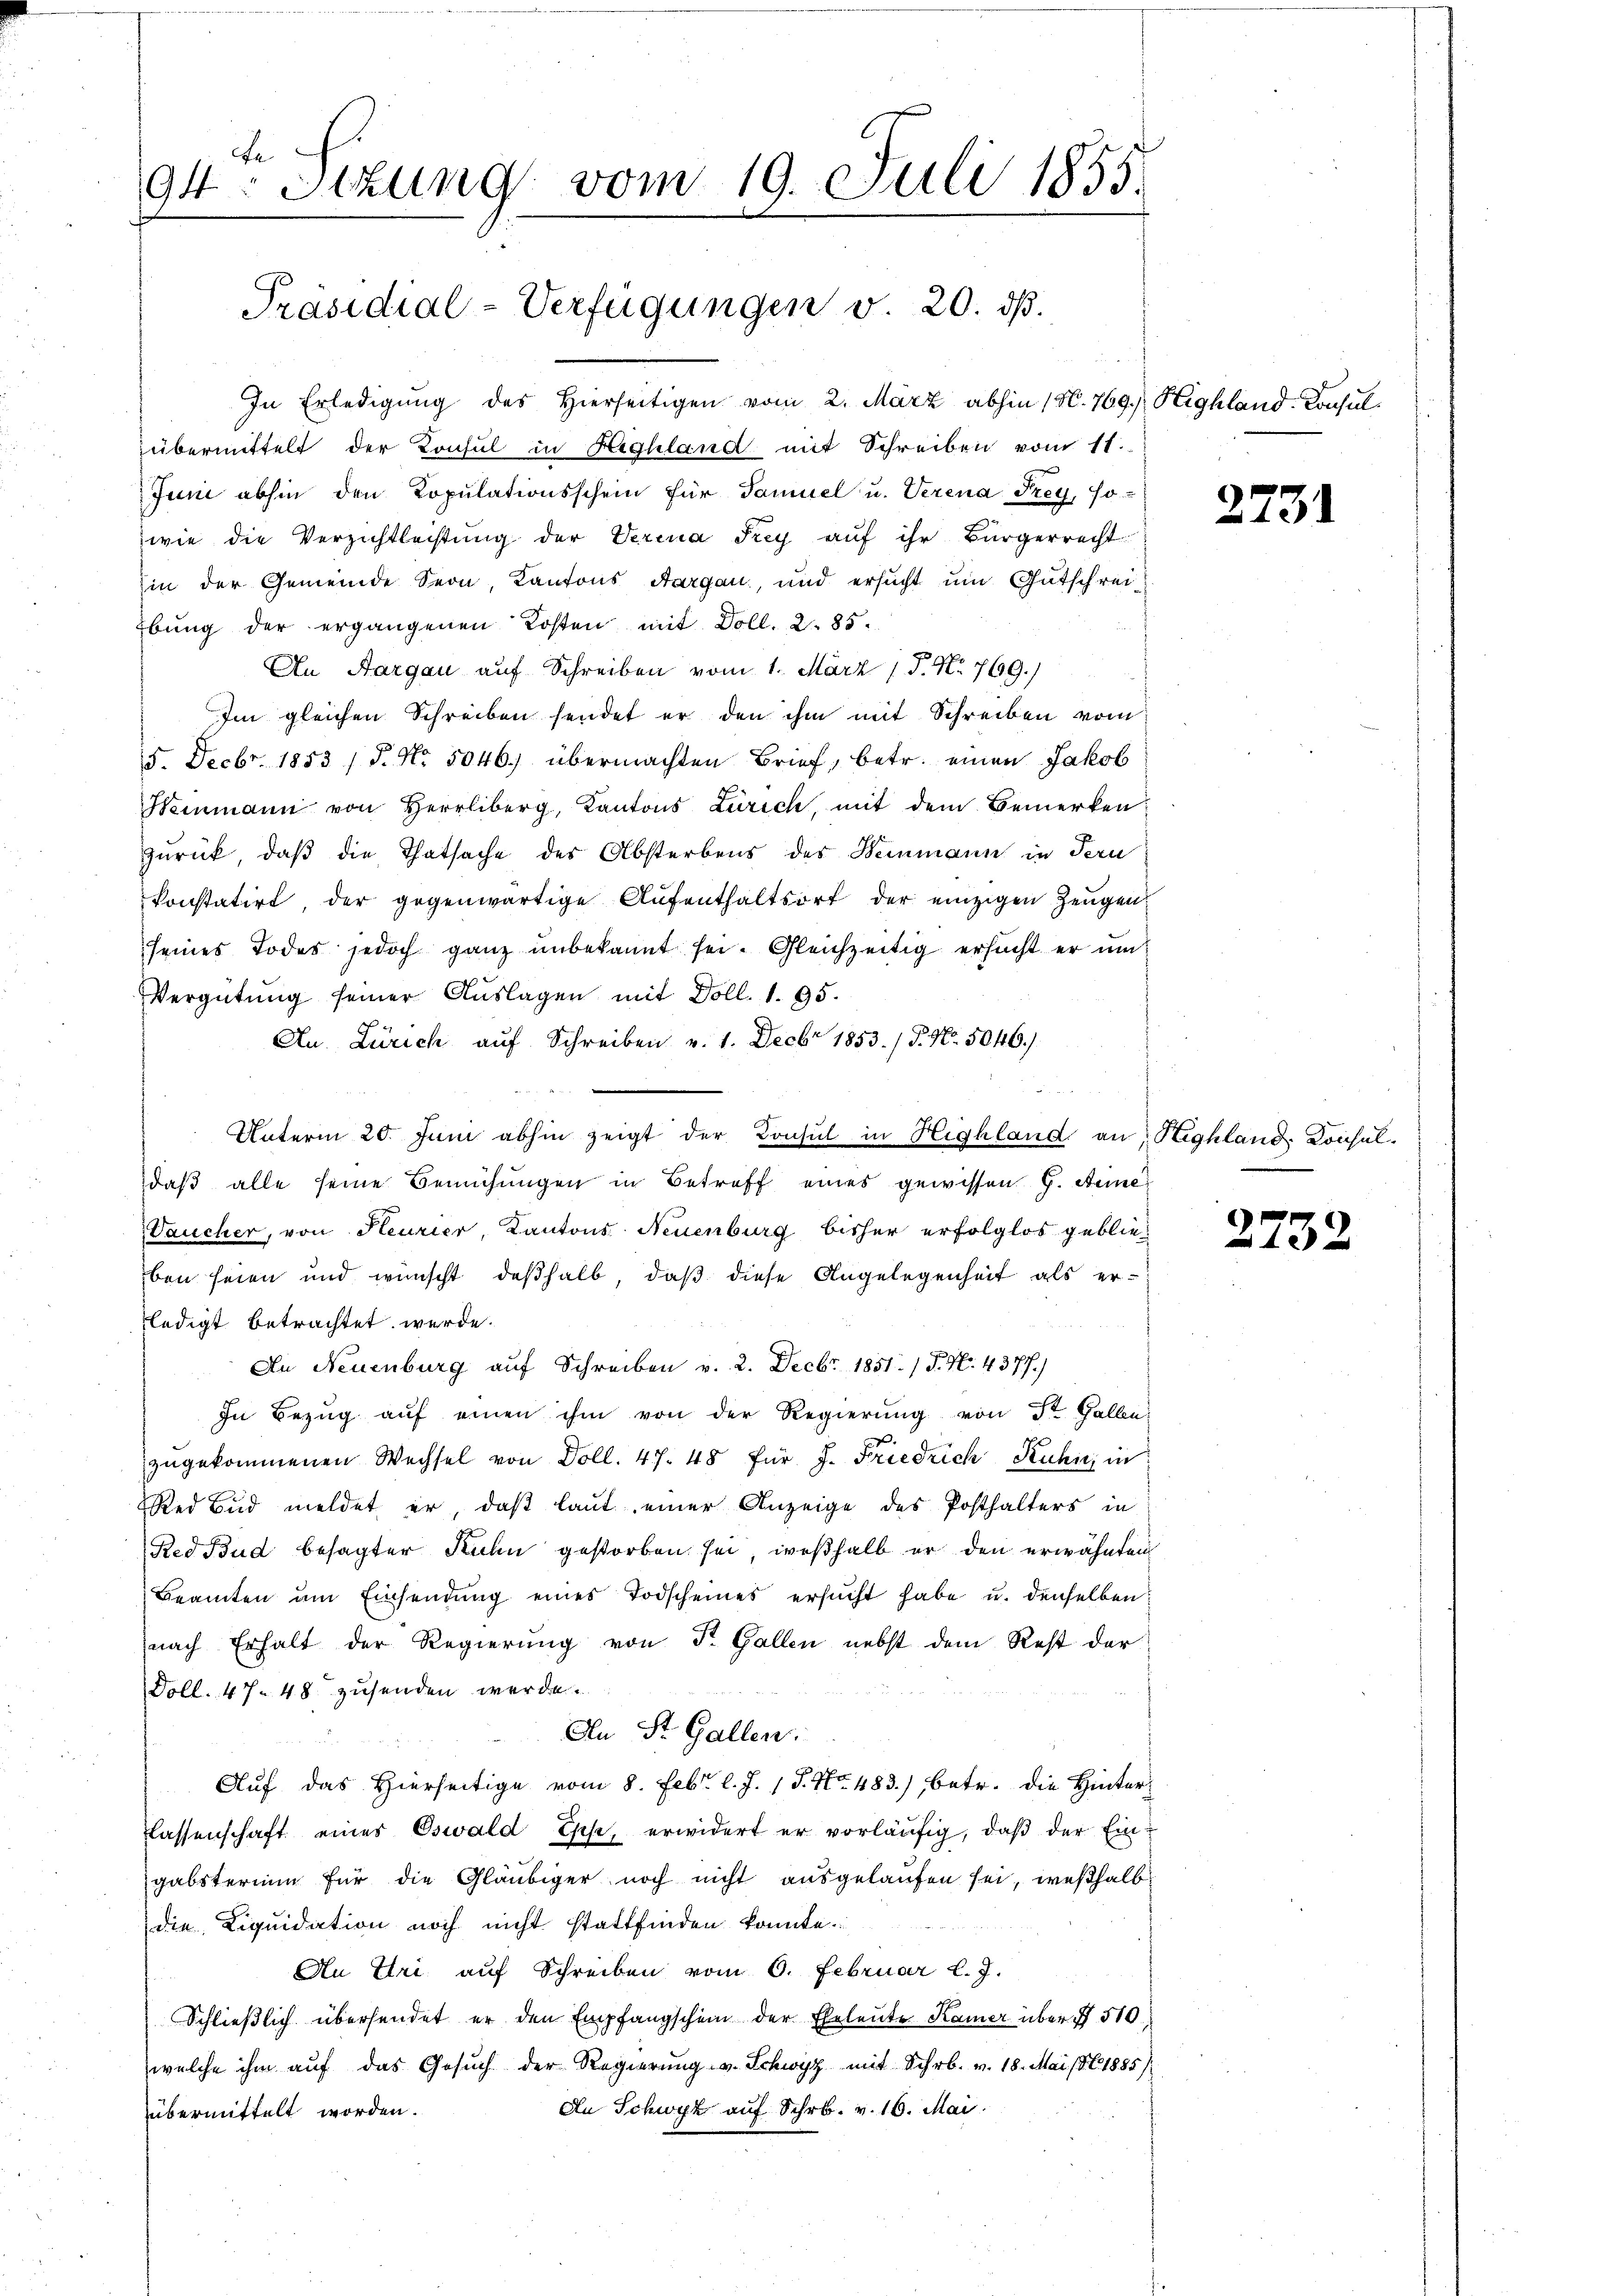
Be
94: Stzung vom 19. Juli 1855.

Präsidial-Verfügungen v. 20. ds.

In Erledigung des hierseitigen vom 2. März abhin 150. 769.) Highland-Consulübermittelt der Konsul in Highland mit Schreiben vom 11.
Juni abhin den Kopulationsschein für Tamuel u. Verena Frey, so-
wie die Verzichtlachtung der Verina Frey auf ihr Bürgerrecht
in der Gemeinde Seon, Kantons Aargau, und ersŭcht um Gutschreibung der ergangenen Kosten mit Doll. 285.
An Aargau auf Schreiben vom 1. März 17. No. 769.)
Im gleichen Schreiben sendet er den ihm mit Schreiben vom
5. Decbr. 1853 / P. Nr. 5046.) übermachten Brief, betr. einen Jakob
Heimann von Herrliberg, Kantons Zürich, mit dem Bemerken:
zŭrück, daβ die Thatsache des Absterbens des Beinmann in Tern
konstatirt, der gegenwärtige Aufenthaltsort der einzigen Zeugen.
seines Todes jedoch ganz unbekannt sei. Gleichzeitig ersucht er um¬
Vergütung seiner Auslagen mit Doll. 1. 95.
An Zürich aŭf Schreiben v. 1. Decbr 1853. / P. Nr. 5046.)
.
Unterm 20. Juni abhin zeigt der Konsul in Highland an Highland. Konsul-
daβ alle seine Bemühungen in Betreff eines gewissen G. Steine
Vaucher, von Heurier, Kantons Neuenburg bisher erfolglos geblieben seien und wünscht deßhalb, daß diese Angelegenheit als erledigt betrachtet werde.
Du Neuenburg auf Schreiben v. 2. Decbr. 1851. / P. N. 4377.)
In Bezŭg aŭf einen ihm von der Regierŭng von St. Galle
zŭgekommenen Wechsel von Doll. 47. 48 für J. Friedrich Kuhić in
Red Bad meldet er, daß laut einer Anzeige des Posthalters in
Red Bud besagter Kuhn gestorben sei, weßhalb er den erwähnten
Beamten um Einsendung eines Todscheines ersucht habe u. denselben
nach Erhalt der Regierung von St. Gallen nebst dem Rest der
Doll. 47. 48 zusenden werde.
An St. Gallen.
ve und
Auf das Hierseitige vom 8. Febr. l. J. 1 S. Nr. 483.) betr. die Hinterflassenschaft eines Oswald Esche, erwidert er vorläŭfig, daβ der Ein-
gabsterium für die Gläubiger noch nicht ausgelaufen sei, weßhalb
die Liquidation noch nicht stattfinden konnte.
An Uri auf Schreiben vom 6. Februar l. J.
Schließlich übersendet er den Empfangschein der Eheleute Kamer über 510.
welche ihm auf das Gesuch der Regierung v. Schwyz mit Schr. v. 18. Mai 1861885/
Au Schwyz auf Schr. v. 16. Mai.
übermittelt worden.

2731

2732